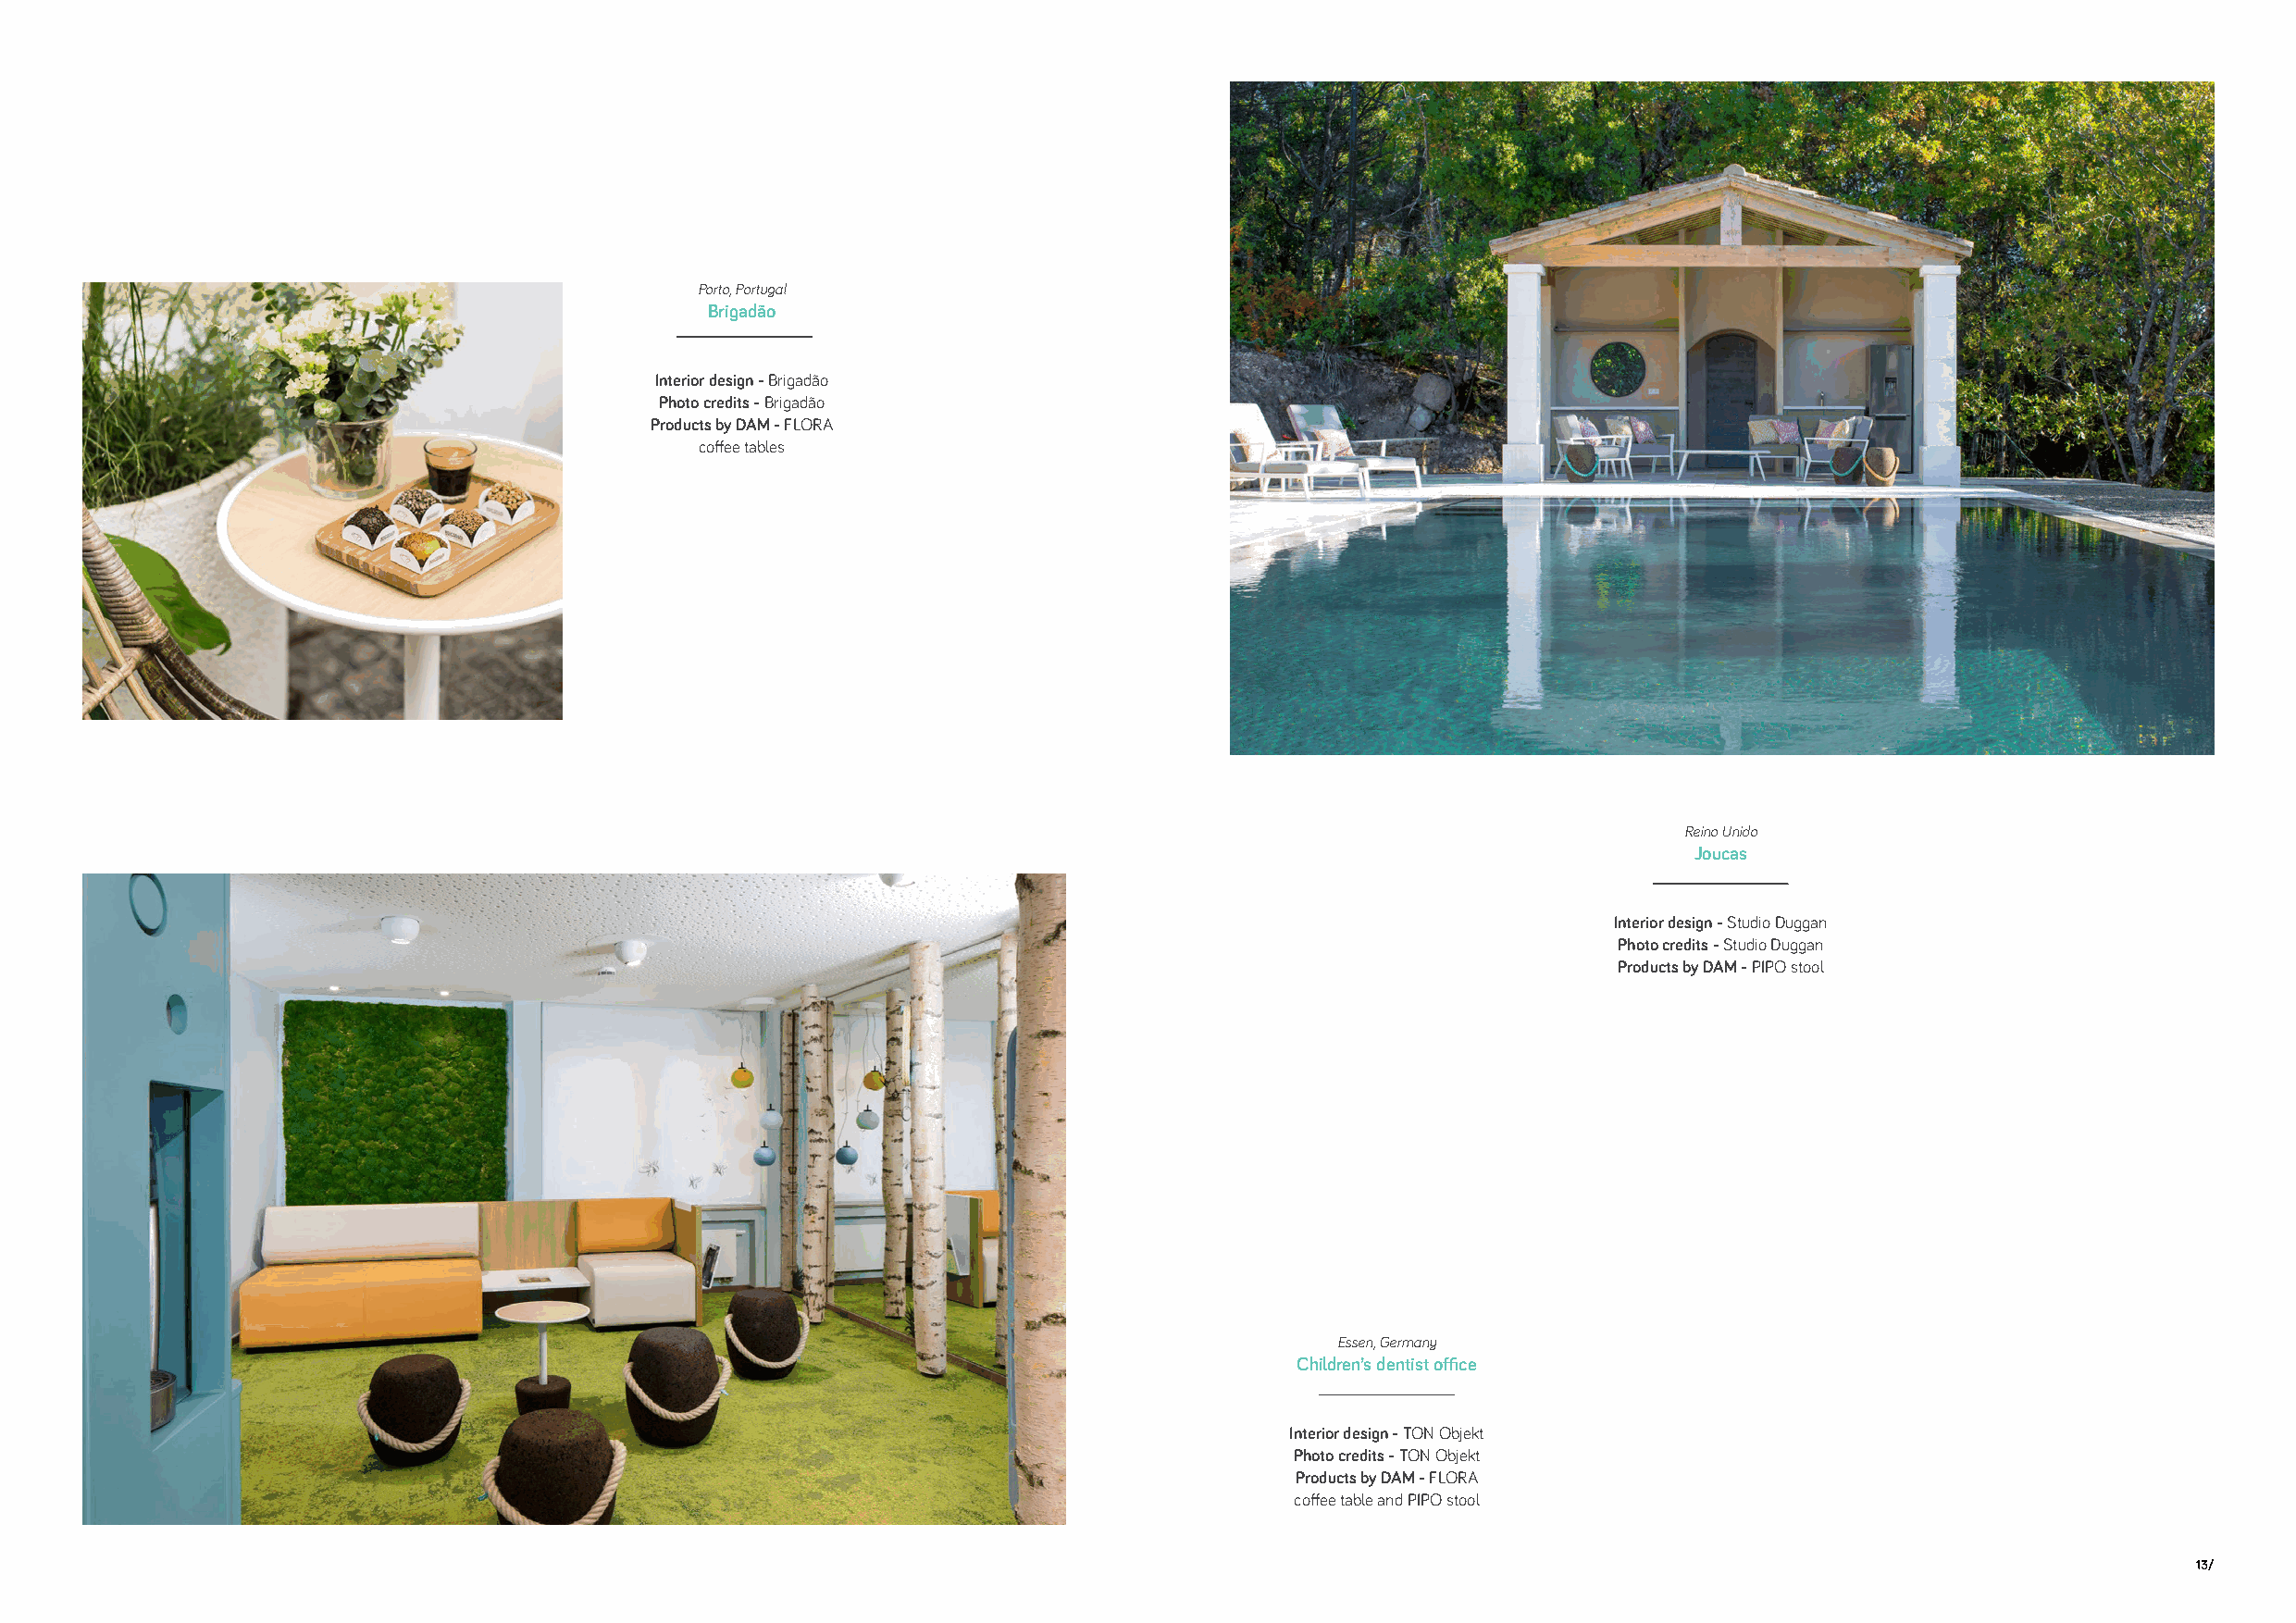
Porto, Portugal
 Brigadão
 Interior design - Brigadão
 Photo credits - Brigadão
 Products by DAM - FLORA
 coffee tables
 Reino Unido
 Joucas
 Interior design - Studio Duggan
 Photo credits - Studio Duggan
 Products by DAM - PIPO stool
 Essen, Germany
 Children’s dentist office
 Interior design - TON Objekt
 Photo credits - TON Objekt
 Products by DAM - FLORA
 coffee table and PIPO stool
 13/